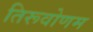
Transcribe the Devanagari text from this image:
तिरूवोणम